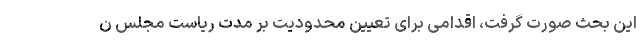
این بحث صورت گرفت، ‌اقدامی برای تعیین محدودیت بر مدت ریاست مجلس ن